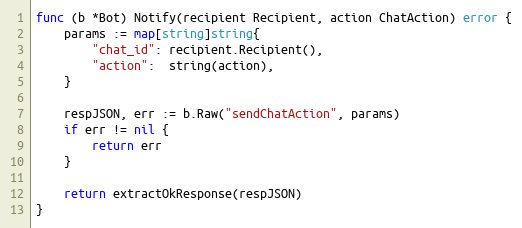
Language: Go
func (b *Bot) Notify(recipient Recipient, action ChatAction) error {
	params := map[string]string{
		"chat_id": recipient.Recipient(),
		"action":  string(action),
	}

	respJSON, err := b.Raw("sendChatAction", params)
	if err != nil {
		return err
	}

	return extractOkResponse(respJSON)
}